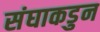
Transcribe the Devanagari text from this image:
संघाकडुन